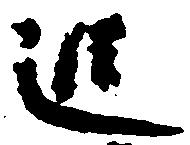
追